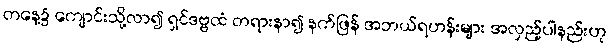
တနေ့၌ ကျောင်းသို့လာ၍ ရှင်ဒဗ္ဗထံ တရားနာ၍ နက်ဖြန် အဘယ်ရဟန်းများ အလှည့်ပါနည်းဟု